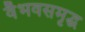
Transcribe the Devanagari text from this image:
वैभवसमृद्ध